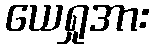
ယေရှုအား